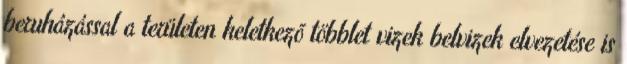
beruházással a területen keletkezõ többlet vizek belvizek elvezetése is